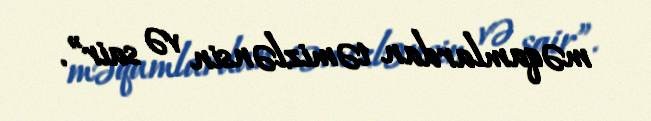
məqamlardan təmizlənsin və sair”.